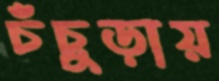
চঁচুড়ায়